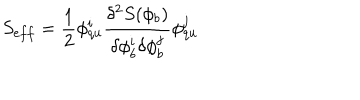
LaTeX: S _ { e f f } = \frac { 1 } { 2 } \phi _ { q u } ^ { i } \frac { \delta ^ { 2 } S ( \phi _ { b } ) } { \delta \phi _ { b } ^ { i } \delta \phi _ { b } ^ { j } } \phi _ { q u } ^ { j }